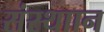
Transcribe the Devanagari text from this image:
संस्थाान